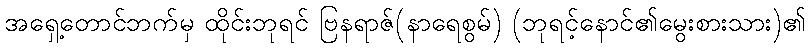
အရှေ့တောင်ဘက်မှ ထိုင်းဘုရင် ဗြနရာဇ်(နာရေစွမ်) (ဘုရင့်နောင်၏မွေးစားသား)၏